Leningradi_Edasi_toimetus, lk 11
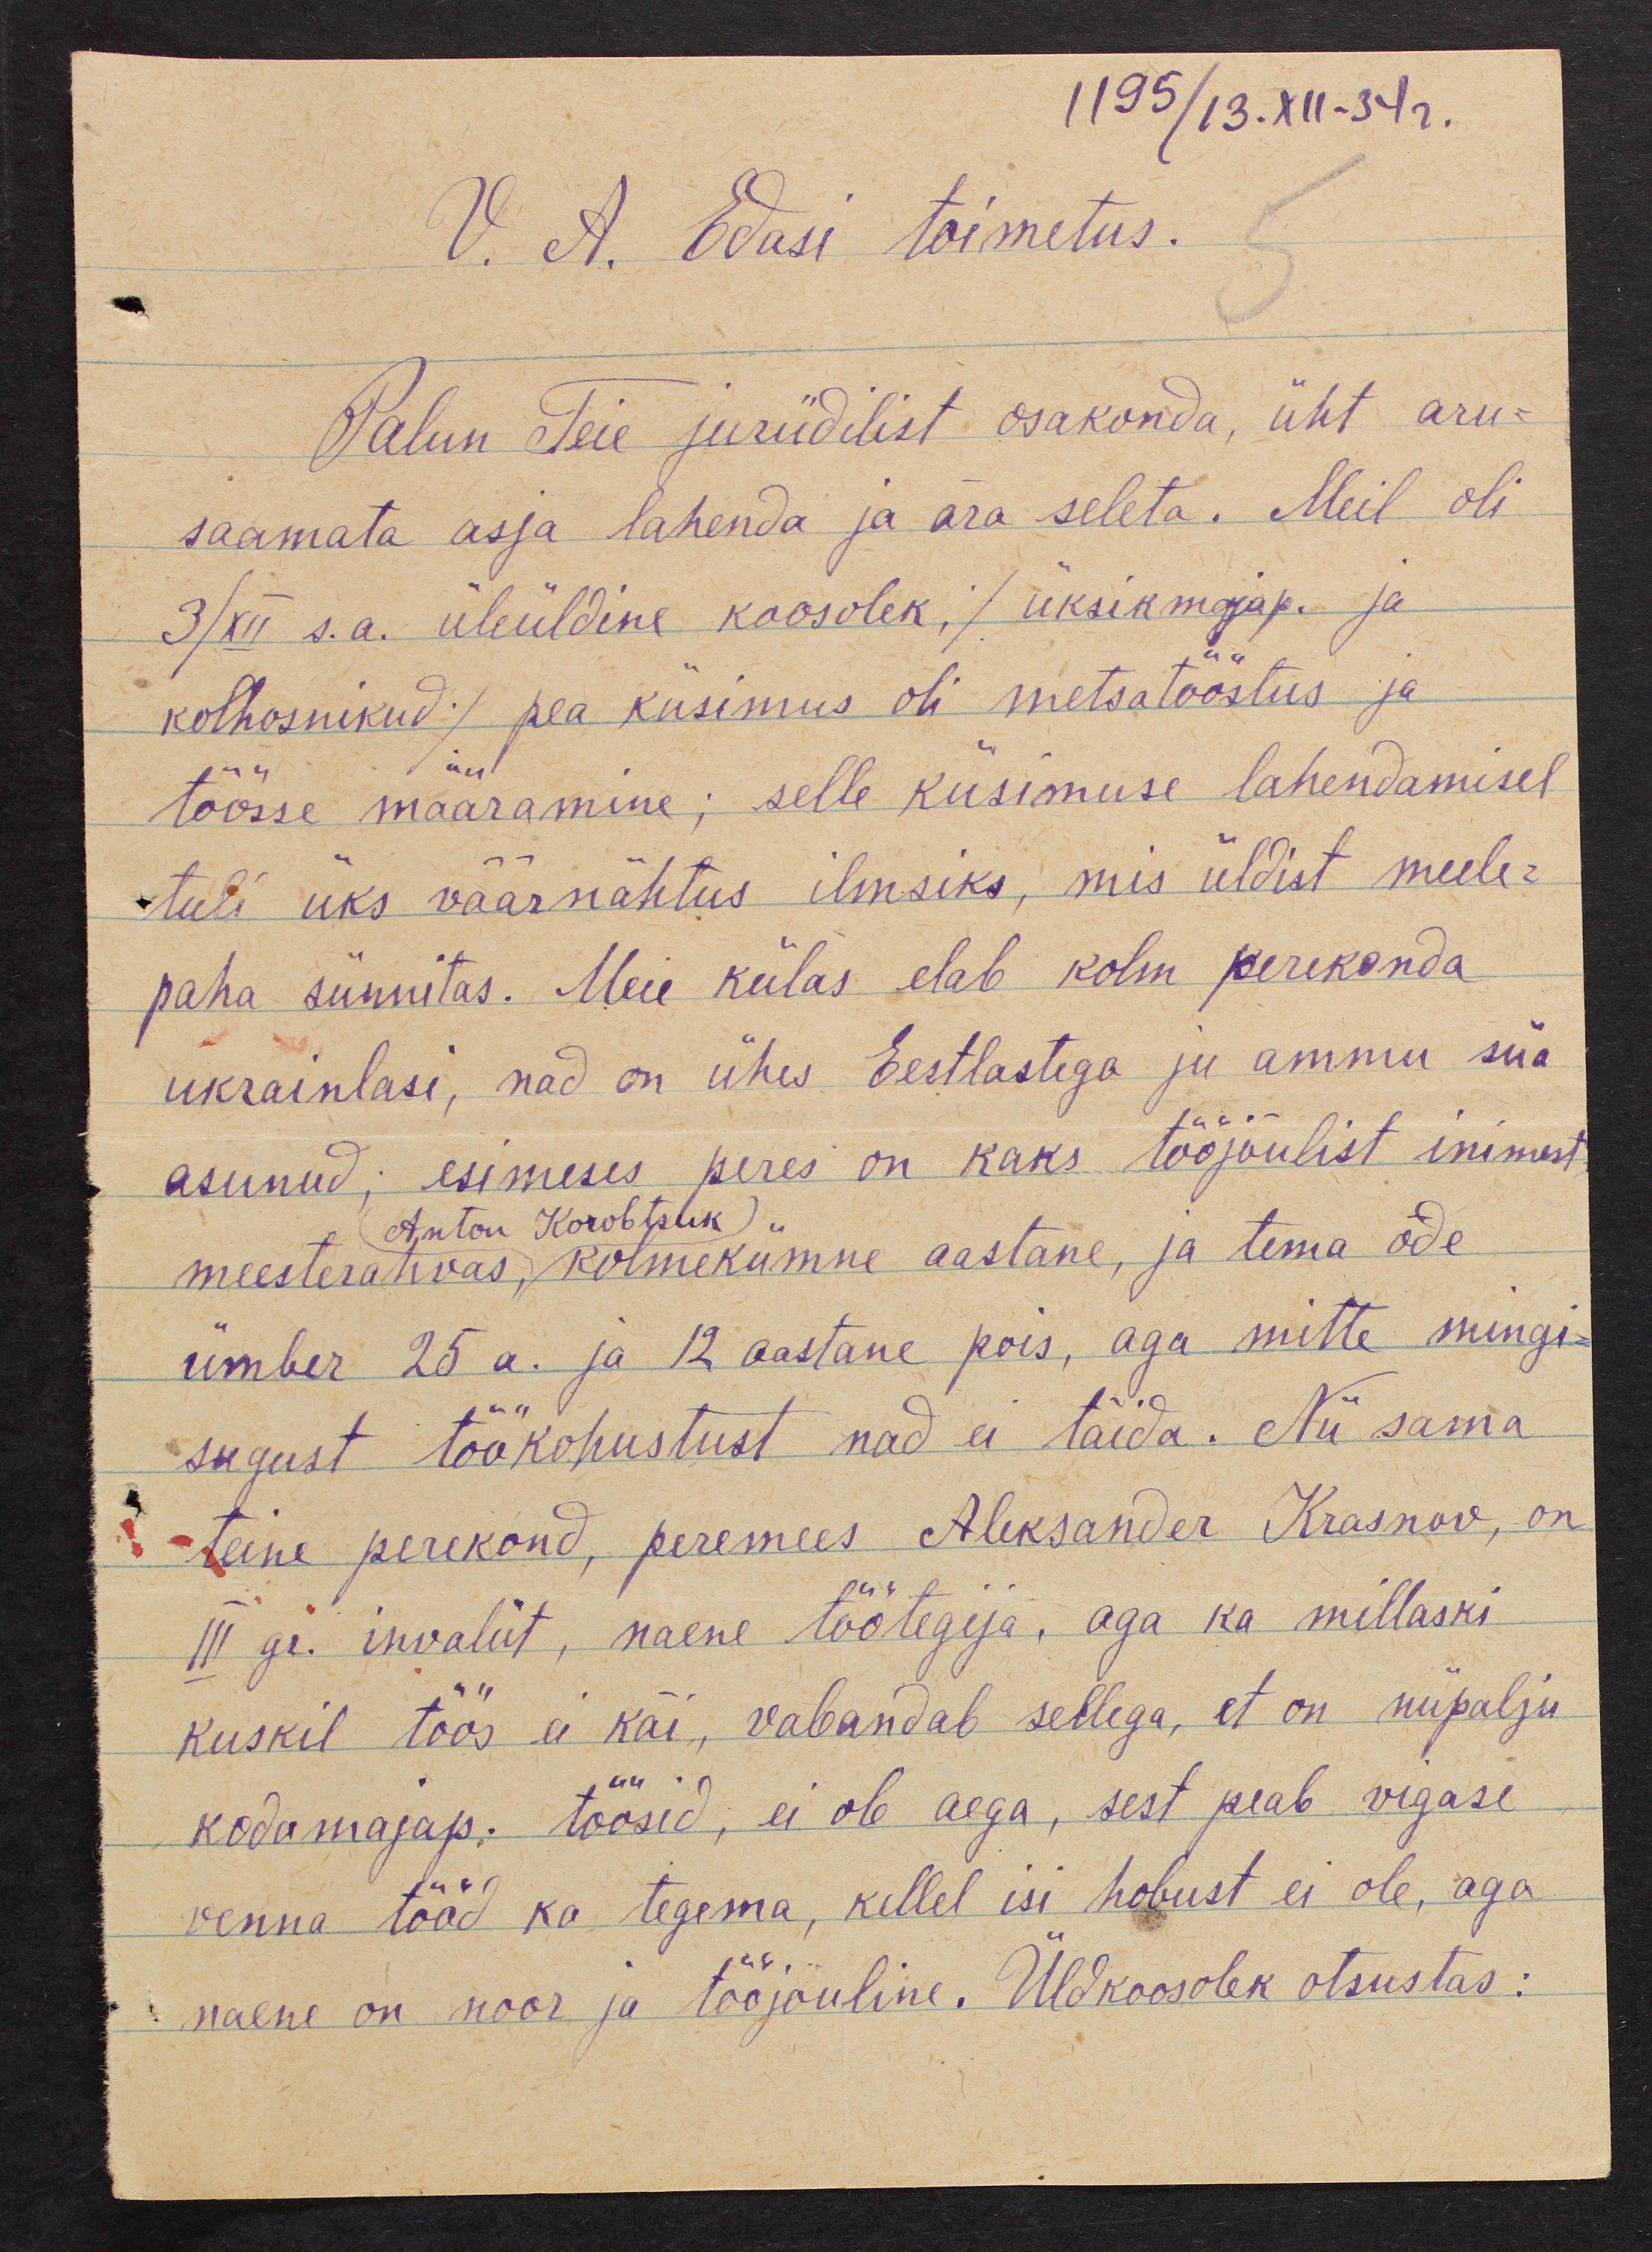
1195/13.XII-34 г.
V. A. Edasi toimetus.
Palun Teie juriidilist osakonda, üht aru-
saamata asja lahenda ja ära seleta. Meil oli
3/XII s. a. üleüldine koosolek, /üksikmajap. ja
kolhoosnikud/ pea küsimus oli metsatööstus ja
töösse määramine; selle küsimuse lahendamisel
tuli üks väärnähtus ilmsiks, mis üldist meele-
paha sünnitas. Meie külas elab kolm perekonda
ukrainlasi, nad on ühes Eestlastega ju ammu siia
asunud; esimeses peres on kaks tööjõulist inimest
meesterahvas, kolmekümne aastane, ja tema õde
Anton Korobtsuk
ümber 25 a. ja 12 aastane pois, aga mitte mingi-
sugust töökohustust nad ei täida. Nii sama
teine perekond, peremees Aleksander Krasnov, on
III gr. invaliit, naene töötegija, aga ka millaski
kuskil töös ei käi, vabandab sellega, et on niipalju
kodumajap. töösid, ei ole aega, sest peab vigasi
venna tööd ka tegema, kellel isi hobust ei ole, aga
naene on noor ja tööjõuline. Üldkoosolek otsustas: